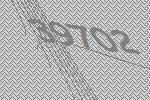
39702